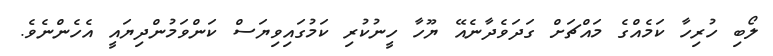
ލޯބި ހުރިހާ ކަމެއްގެ މައްޗަށް ގަދަވެދާނެއޭ ޔޫހާ ހީނުކުރި ކަމުގައިވިޔަސް ކަންވަމުންދިޔައީ އެހެންނެވެ.